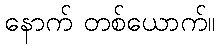
နောက် တစ်ယောက်။